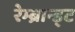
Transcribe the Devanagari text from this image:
रेम्ब्रान्ड्ट